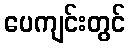
ပေကျင်းတွင်